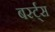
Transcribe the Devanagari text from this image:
बर्स्ट्‌स